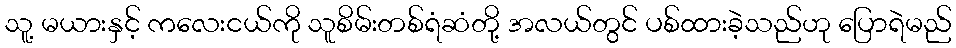
သူ့ မယားနှင့် ကလေးငယ်ကို သူစိမ်းတစ်ရံဆံတို့ အလယ်တွင် ပစ်ထားခဲ့သည်ဟု ပြောရဲမည်